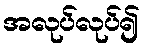
အလုပ်လုပ်၍